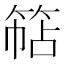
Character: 𮅠